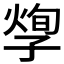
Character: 𡦐